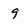
Character: 9